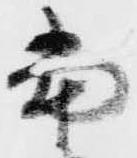
当